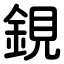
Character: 鋧